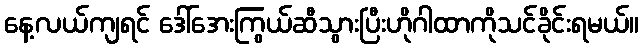
နေ့လယ်ကျရင် ဒေါ်အေးကြွယ်ဆီသွားပြီးဟိုဂါထာကိုသင်ခိုင်းရမယ်။